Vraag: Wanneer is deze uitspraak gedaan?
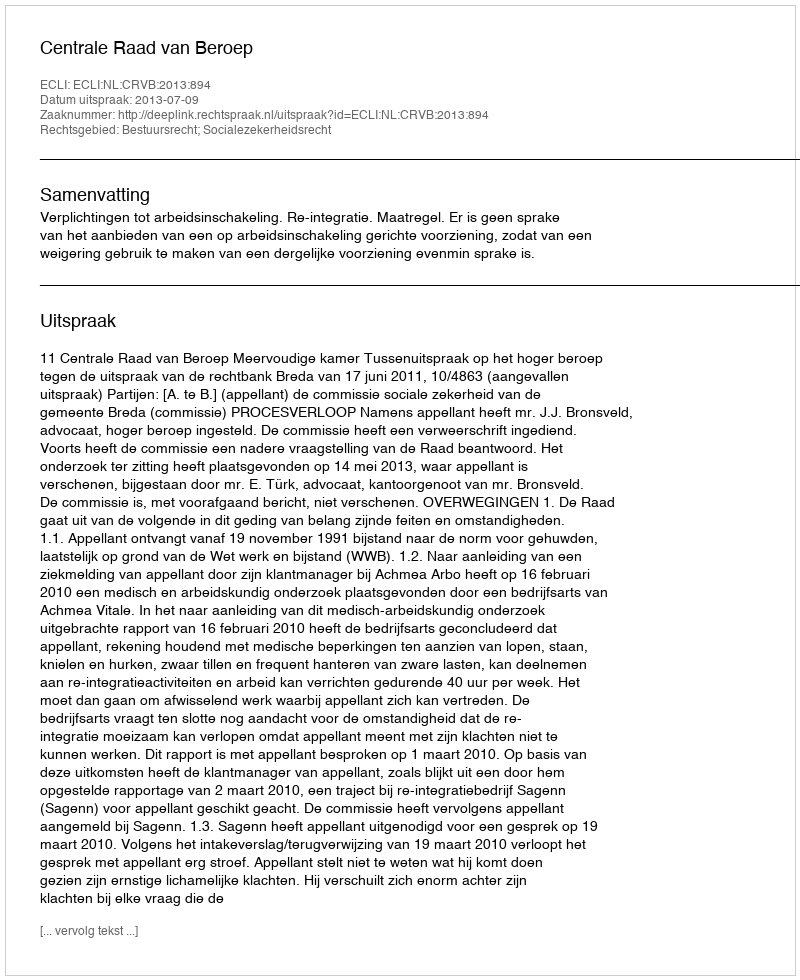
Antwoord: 2013-07-09